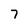
Character: 7